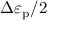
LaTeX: \Delta \varepsilon _ { \mathrm { p } } / 2